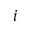
i